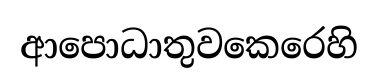
ආපොධාතුවකෙරෙහි